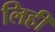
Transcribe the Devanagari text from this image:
लिही